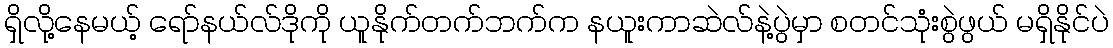
ရှိလို့နေမယ့် ရော်နယ်လ်ဒိုကို ယူနိုက်တက်ဘက်က နယူးကာဆဲလ်နဲ့ပွဲမှာ စတင်သုံးစွဲဖွယ် မရှိနိုင်ပဲ